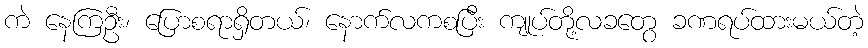
ကဲ နေကြဦး၊ ပြောစရာရှိတယ်၊ နောက်လကစပြီး ကျုပ်တို့လခတွေ ခဏရပ်ထားမယ်တဲ့